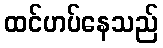
ထင်ဟပ်နေသည်